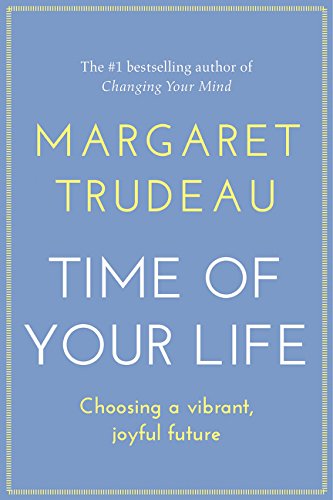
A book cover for The Time of Your Life: Choosing A Vibrant Joyful Future; Margaret Trudeau; Self-Help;